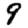
Digit: 9